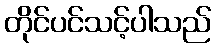
တိုင်ပင်သင့်ပါသည်